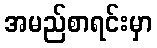
အမည်စာရင်းမှာ